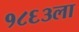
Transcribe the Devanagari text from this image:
१८६३ला